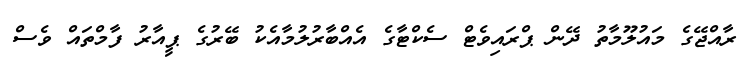
ރާއްޖޭގެ މައުލޫމާތު ދޭން ޕްރައިވެޓް ސެކްޓާގެ އެއްބާރުލުމާއެކު ބޭރުގެ ޕީއާރު ފާމްތައް ވެސް